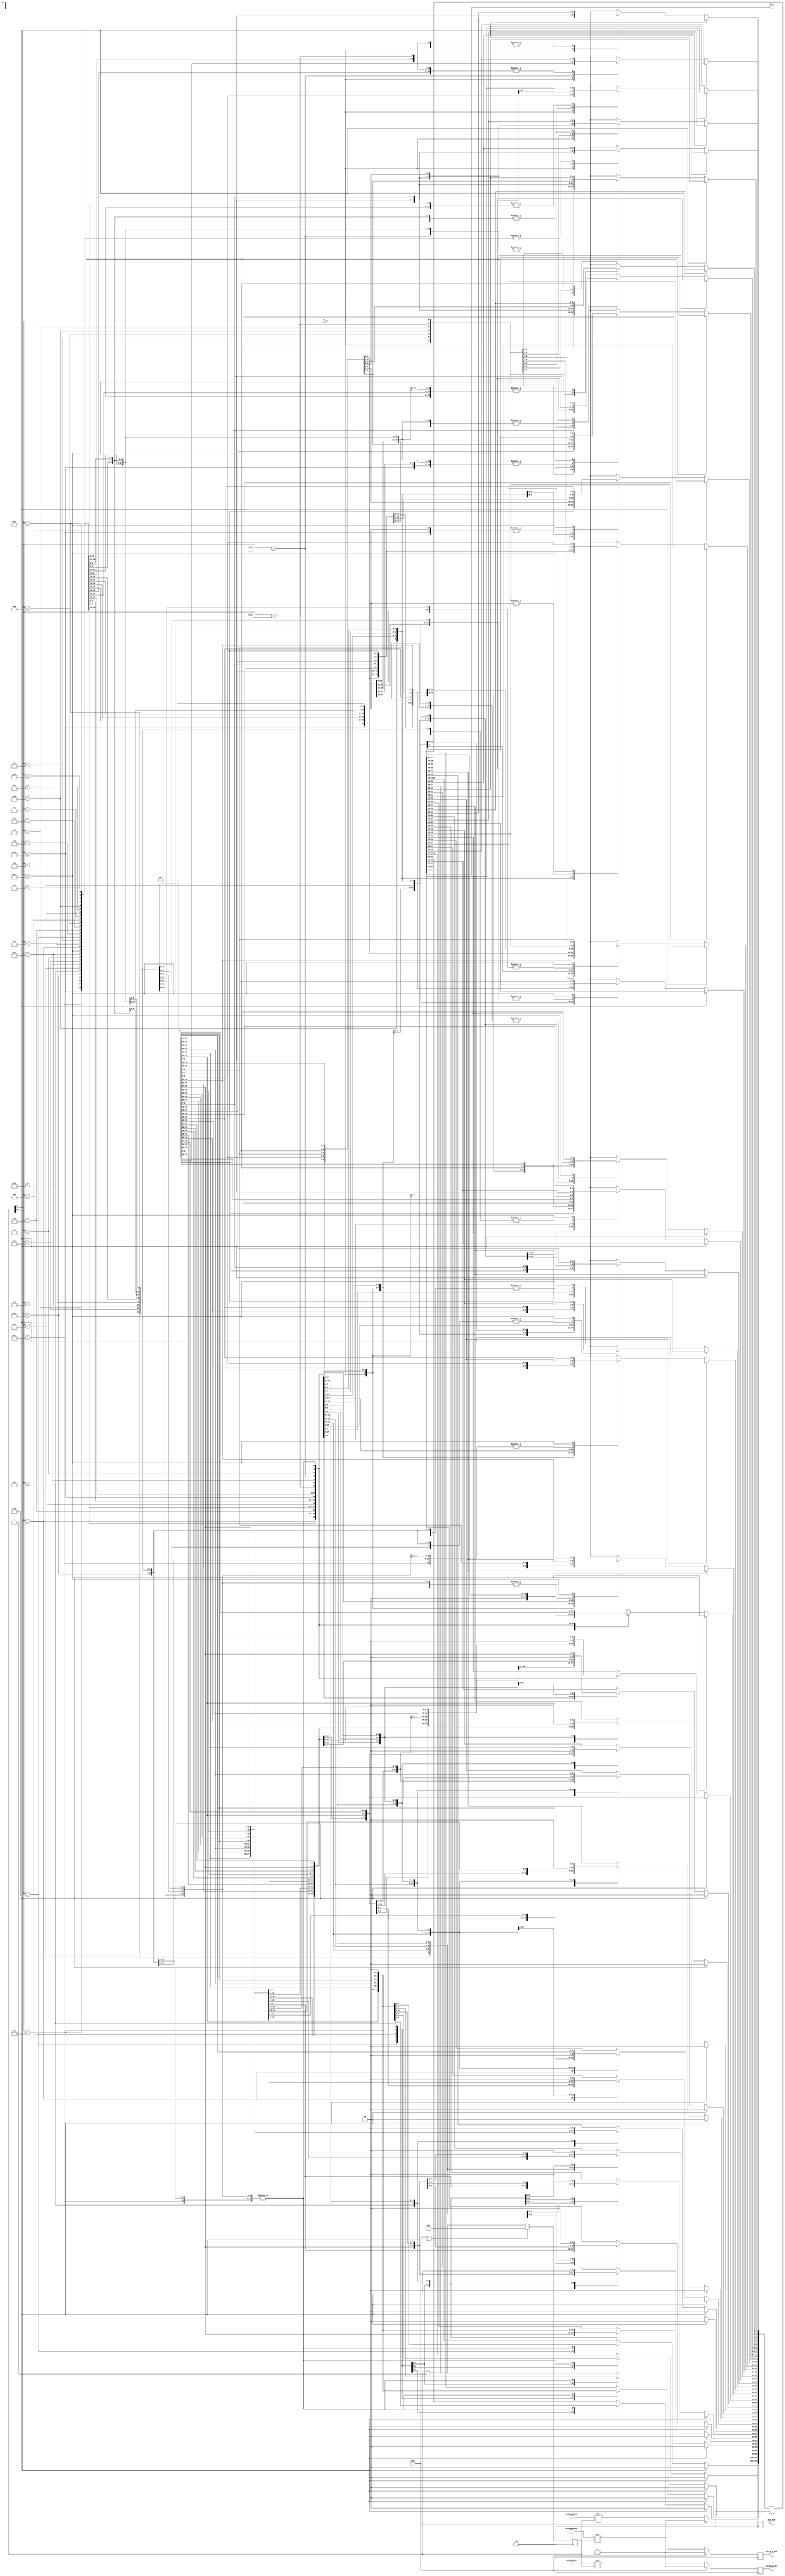
module gearbox_66_40 (
	input clk,
	input sclr,			// fixes the state, not the data for min fanout
	input [65:0] din,     // lsbit first
	output reg din_ack,
	output reg din_pre_ack,
	output reg din_pre2_ack,
	output [39:0] dout	
);

reg [5:0] gbstate = 0 /* synthesis preserve */;
reg [103:0] stor = 0 /* synthesis preserve */;
assign dout = stor[39:0];
reg [65:0] din_r = 0;

always @(posedge clk) begin
	din_r <= din[65:0];
	
	gbstate <= (sclr | gbstate[5]) ? 6'h0 : (gbstate + 1'b1);
	   
	if (gbstate[5]) begin 
		stor <= {40'h0,stor[103:40]};    // holding 0	
	end    
	else begin	
		case (gbstate[4:0])
			5'h0 : begin stor[65:0] <= din[65:0];  end   // holding 26
			5'h1 : begin stor[91:26] <= din[65:0]; stor[25:0] <= stor[65:40];   end   // holding 52
			5'h2 : begin stor <= {40'h0,stor[103:40]};  end   // holding 12
			5'h3 : begin stor[77:12] <= din[65:0]; stor[11:0] <= stor[51:40];   end   // holding 38
			5'h4 : begin stor[103:38] <= din[65:0]; stor[37:0] <= stor[77:40];   end   // holding 64
			5'h5 : begin stor <= {40'h0,stor[103:40]};  end   // holding 24
			5'h6 : begin stor[89:24] <= din[65:0]; stor[23:0] <= stor[63:40];   end   // holding 50
			5'h7 : begin stor <= {40'h0,stor[103:40]};  end   // holding 10
			5'h8 : begin stor[75:10] <= din[65:0]; stor[9:0] <= stor[49:40];   end   // holding 36
			5'h9 : begin stor[101:36] <= din[65:0]; stor[35:0] <= stor[75:40];   end   // holding 62
			5'ha : begin stor <= {40'h0,stor[103:40]};  end   // holding 22
			5'hb : begin stor[87:22] <= din[65:0]; stor[21:0] <= stor[61:40];   end   // holding 48
			5'hc : begin stor <= {40'h0,stor[103:40]};  end   // holding 8
			5'hd : begin stor[73:8] <= din[65:0]; stor[7:0] <= stor[47:40];   end   // holding 34
			5'he : begin stor[99:34] <= din[65:0]; stor[33:0] <= stor[73:40];   end   // holding 60
			5'hf : begin stor <= {40'h0,stor[103:40]};  end   // holding 20
			5'h10 : begin stor[85:20] <= din[65:0]; stor[19:0] <= stor[59:40];   end   // holding 46
			5'h11 : begin stor <= {40'h0,stor[103:40]};  end   // holding 6
			5'h12 : begin stor[71:6] <= din[65:0]; stor[5:0] <= stor[45:40];   end   // holding 32
			5'h13 : begin stor[97:32] <= din[65:0]; stor[31:0] <= stor[71:40];   end   // holding 58
			5'h14 : begin stor <= {40'h0,stor[103:40]};  end   // holding 18
			5'h15 : begin stor[83:18] <= din[65:0]; stor[17:0] <= stor[57:40];   end   // holding 44
			5'h16 : begin stor <= {40'h0,stor[103:40]};  end   // holding 4
			5'h17 : begin stor[69:4] <= din[65:0]; stor[3:0] <= stor[43:40];   end   // holding 30
			5'h18 : begin stor[95:30] <= din[65:0]; stor[29:0] <= stor[69:40];   end   // holding 56
			5'h19 : begin stor <= {40'h0,stor[103:40]};  end   // holding 16
			5'h1a : begin stor[81:16] <= din[65:0]; stor[15:0] <= stor[55:40];   end   // holding 42
			5'h1b : begin stor <= {40'h0,stor[103:40]};  end   // holding 2
			5'h1c : begin stor[67:2] <= din[65:0]; stor[1:0] <= stor[41:40];   end   // holding 28
			5'h1d : begin stor[93:28] <= din[65:0]; stor[27:0] <= stor[67:40];   end   // holding 54
			5'h1e : begin stor <= {40'h0,stor[103:40]};  end   // holding 14
			5'h1f : begin stor[79:14] <= din[65:0]; stor[13:0] <= stor[53:40];   end   // holding 40
		endcase
	end
end

// this is the pattern as corresponding to the states
// wire [32:0] in_pattern = 33'b010110101101011010110101101011011;

// this is adjusted for latency
wire [32:0] in_pattern = 33'b101011010110101101011010110101101;

always @(posedge clk) begin
	if (sclr) din_ack <= 1'b0;
	else din_ack <= (64'h0 | in_pattern) >> gbstate;
end

wire [32:0] in_pattern2 = 33'b110101101011010110101101011010110;

always @(posedge clk) begin
	if (sclr) din_pre_ack <= 1'b0;
	else din_pre_ack <= (64'h0 | in_pattern2) >> gbstate;
end

wire [32:0] in_pattern3 = 33'b011010110101101011010110101101011;

always @(posedge clk) begin
	if (sclr) din_pre2_ack <= 1'b0;
	else din_pre2_ack <= (64'h0 | in_pattern3) >> gbstate;
end


endmodule